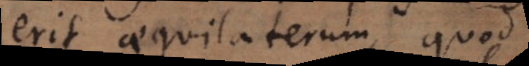
erit aequilaterum, quod